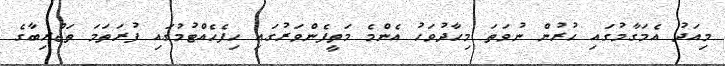
މިއަދު އެމަގާމުގައި ހުރުން ނުވަތަ މިހާދުވަހު އެންމެ މަތީފެންވަރުގައި ހިފެހެއްޓުމުގައި ފުރަތަމަ ތަޖްރިބާގެ